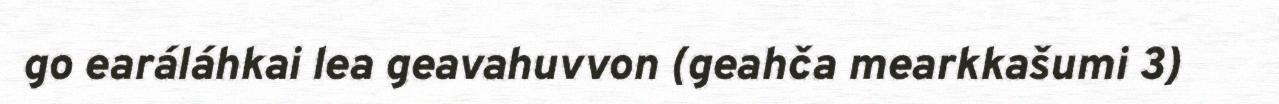
go earáláhkai lea geavahuvvon (geahča mearkkašumi 3)